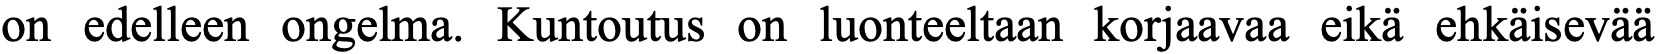
on edelleen ongelma. Kuntoutus on luonteeltaan korjaavaa eikä ehkäisevää